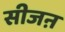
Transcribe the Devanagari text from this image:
सीजऩ